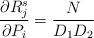
LaTeX: \begin{align*} \frac{\partial R_j^s}{\partial P_i}= \frac{N}{D_1D_2}\end{align*}